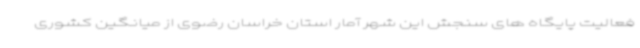
فعالیت پایگاه های سنجش این شهر آمار استان خراسان رضوی از میانگین کشوری